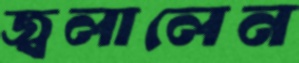
জ্বলালেন